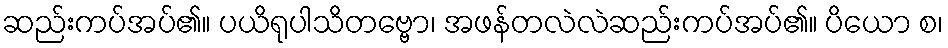
ဆည်းကပ်အပ်၏။ ပယိရုပါသိတဗ္ဗော၊ အဖန်တလဲလဲဆည်းကပ်အပ်၏။ ပိယော စ၊